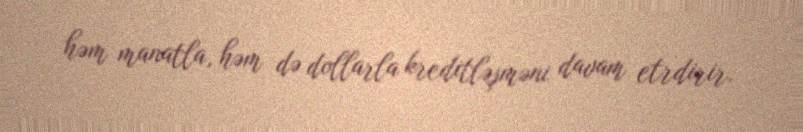
həm manatla, həm də dollarla kreditləşməni davam etrdirir.